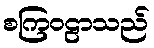
စကြဝဠာသည်